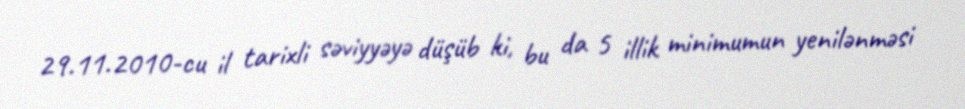
29.11.2010-cu il tarixli səviyyəyə düşüb ki, bu da 5 illik minimumun yenilənməsi